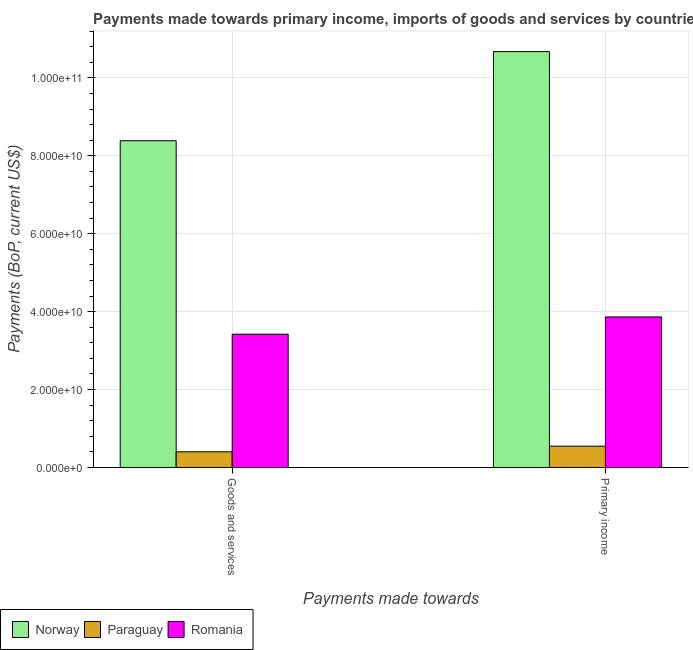
| Payments made towards | Norway | Paraguay | Romania |
 | --- | --- | --- | --- |
 | Goods and services | 8.39e+10 | 4.03e+09 | 3.42e+10 |
 | Primary income | 1.07e+11 | 5.47e+09 | 3.86e+10 |